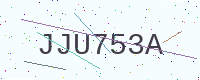
Text: JJU753A